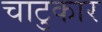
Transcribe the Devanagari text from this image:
चाटुकार